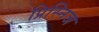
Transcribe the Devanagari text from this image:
प्रिस्निज